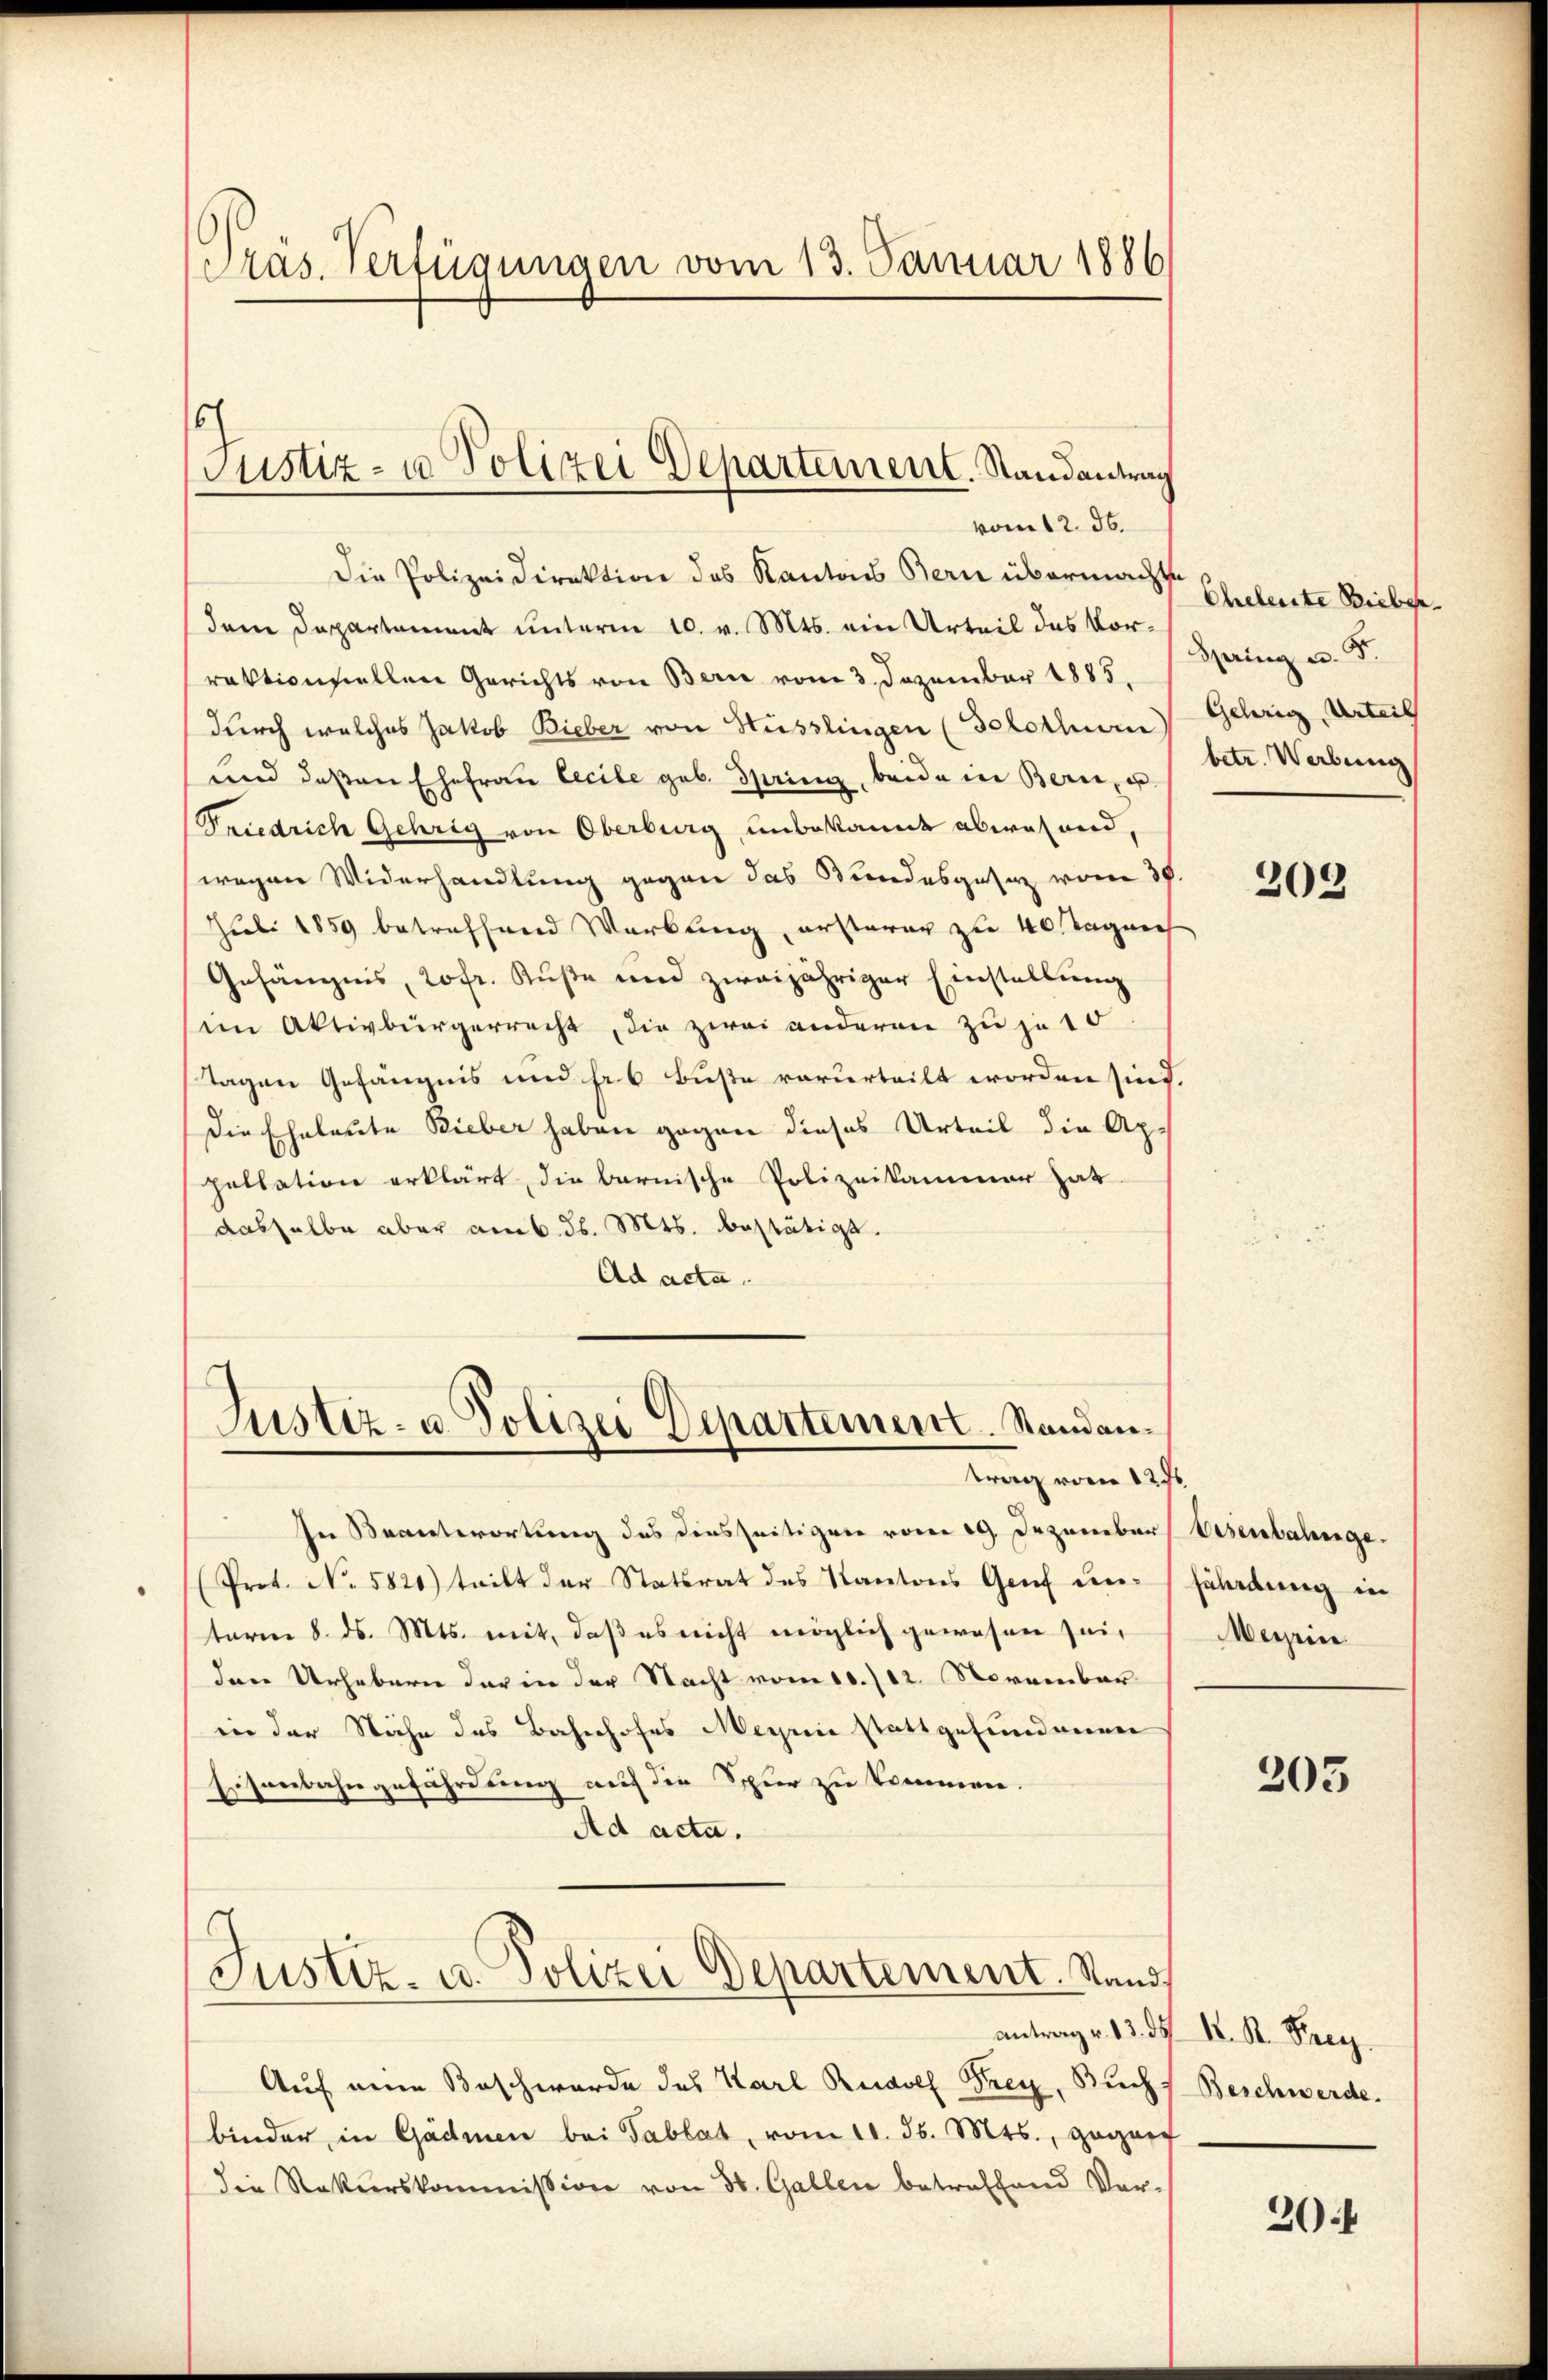
Präs. Verfügungen vom 13. Januar 1886

6
Justiz- u. Polizei Departement. Randantrag
vom 12. d.

Die Polizeidirektion des Kantons Bern übermachte
dem Departement unterm 10. v. Mts. ein Urteil des Vorraktionellen Gerichts von Bern vom 3. Dezember 1885.
durch welches Jakob Bieber von Hüsslingen (Solothurn
und deßen Ehefrau Cecile geb. Spring, beide in Bern, u.
Friedrich Gehrig von Oberburg unbekannt abwesend,
wegen Widerhandlung gegen das Bundesgesez vom 30.
Juli 1859 betreffend Werbung, ersterar zu 40 Tagen
Gefängnis, 20fr. Küße und zweijähriger Einstellung
im Aktivbürgerrecht, die zwei anderen zu je 10
Tagen Gefängnis und fr 6 Buße verurteilt worden sind.
Die Eheleute Bieber haben gegen dieses Urteil die Appellation erklärt, die Barnische Polizeikammer hat
dasselbe aber am 6. d. Mts. bestätigt.
Ad acta.

s
Justiz- u. Polizei Departement. Standantrag vom 12te

Justiz- u. Polizei Departement. Stand.

In Beantwortung des diesseitigen vom 29. Dezember
(Prot. No. 5820) teilt der Statsrat des Kantons Genf unterm 8. ds. Mts. mit, daß es nicht möglich gewesen sei,
dann Urhebern der in der Nacht vom 10./12. November
inn der Nähe des Bahnhofes Megnie stattgefundenen
Eisenbahngefährdung auf die Schur zu kommen
Ad acta.
.

Auf eine Beschwerde des Karl Rudolf Frey, Buch
binder, in Gädmen bei Tablat, vom 11. d. Mts., gegen
die Rekurskommission von St. Gallen betreffend Ver-

Eheleute Biebe.
Spring u. F.
Gehörig, Urteil
betr. Werbung

203

Eisenbahnge.
fährdung in
Meyrin.

203

antrag v. 13. d. K. K. Frey.
Beschwerde.

20